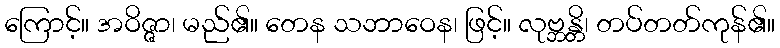
ကြောင့်။ အဝိဇ္ဇာ၊ မည်၏။ တေန သဘာဝေန၊ ဖြင့်။ လုဗ္ဘန္တိ၊ တပ်တတ်ကုန်၏။